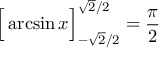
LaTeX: { \Big [ } \arcsin x { \Big ] } _ { - { \sqrt { 2 } } / 2 } ^ { { \sqrt { 2 } } / 2 } = { \frac { \pi } { 2 } }